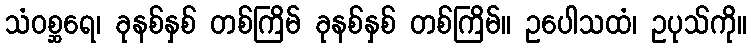
သံဝစ္ဆရေ၊ ခုနစ်နှစ် တစ်ကြိမ် ခုနစ်နှစ် တစ်ကြိမ်။ ဥပေါသထံ၊ ဥပုသ်ကို။